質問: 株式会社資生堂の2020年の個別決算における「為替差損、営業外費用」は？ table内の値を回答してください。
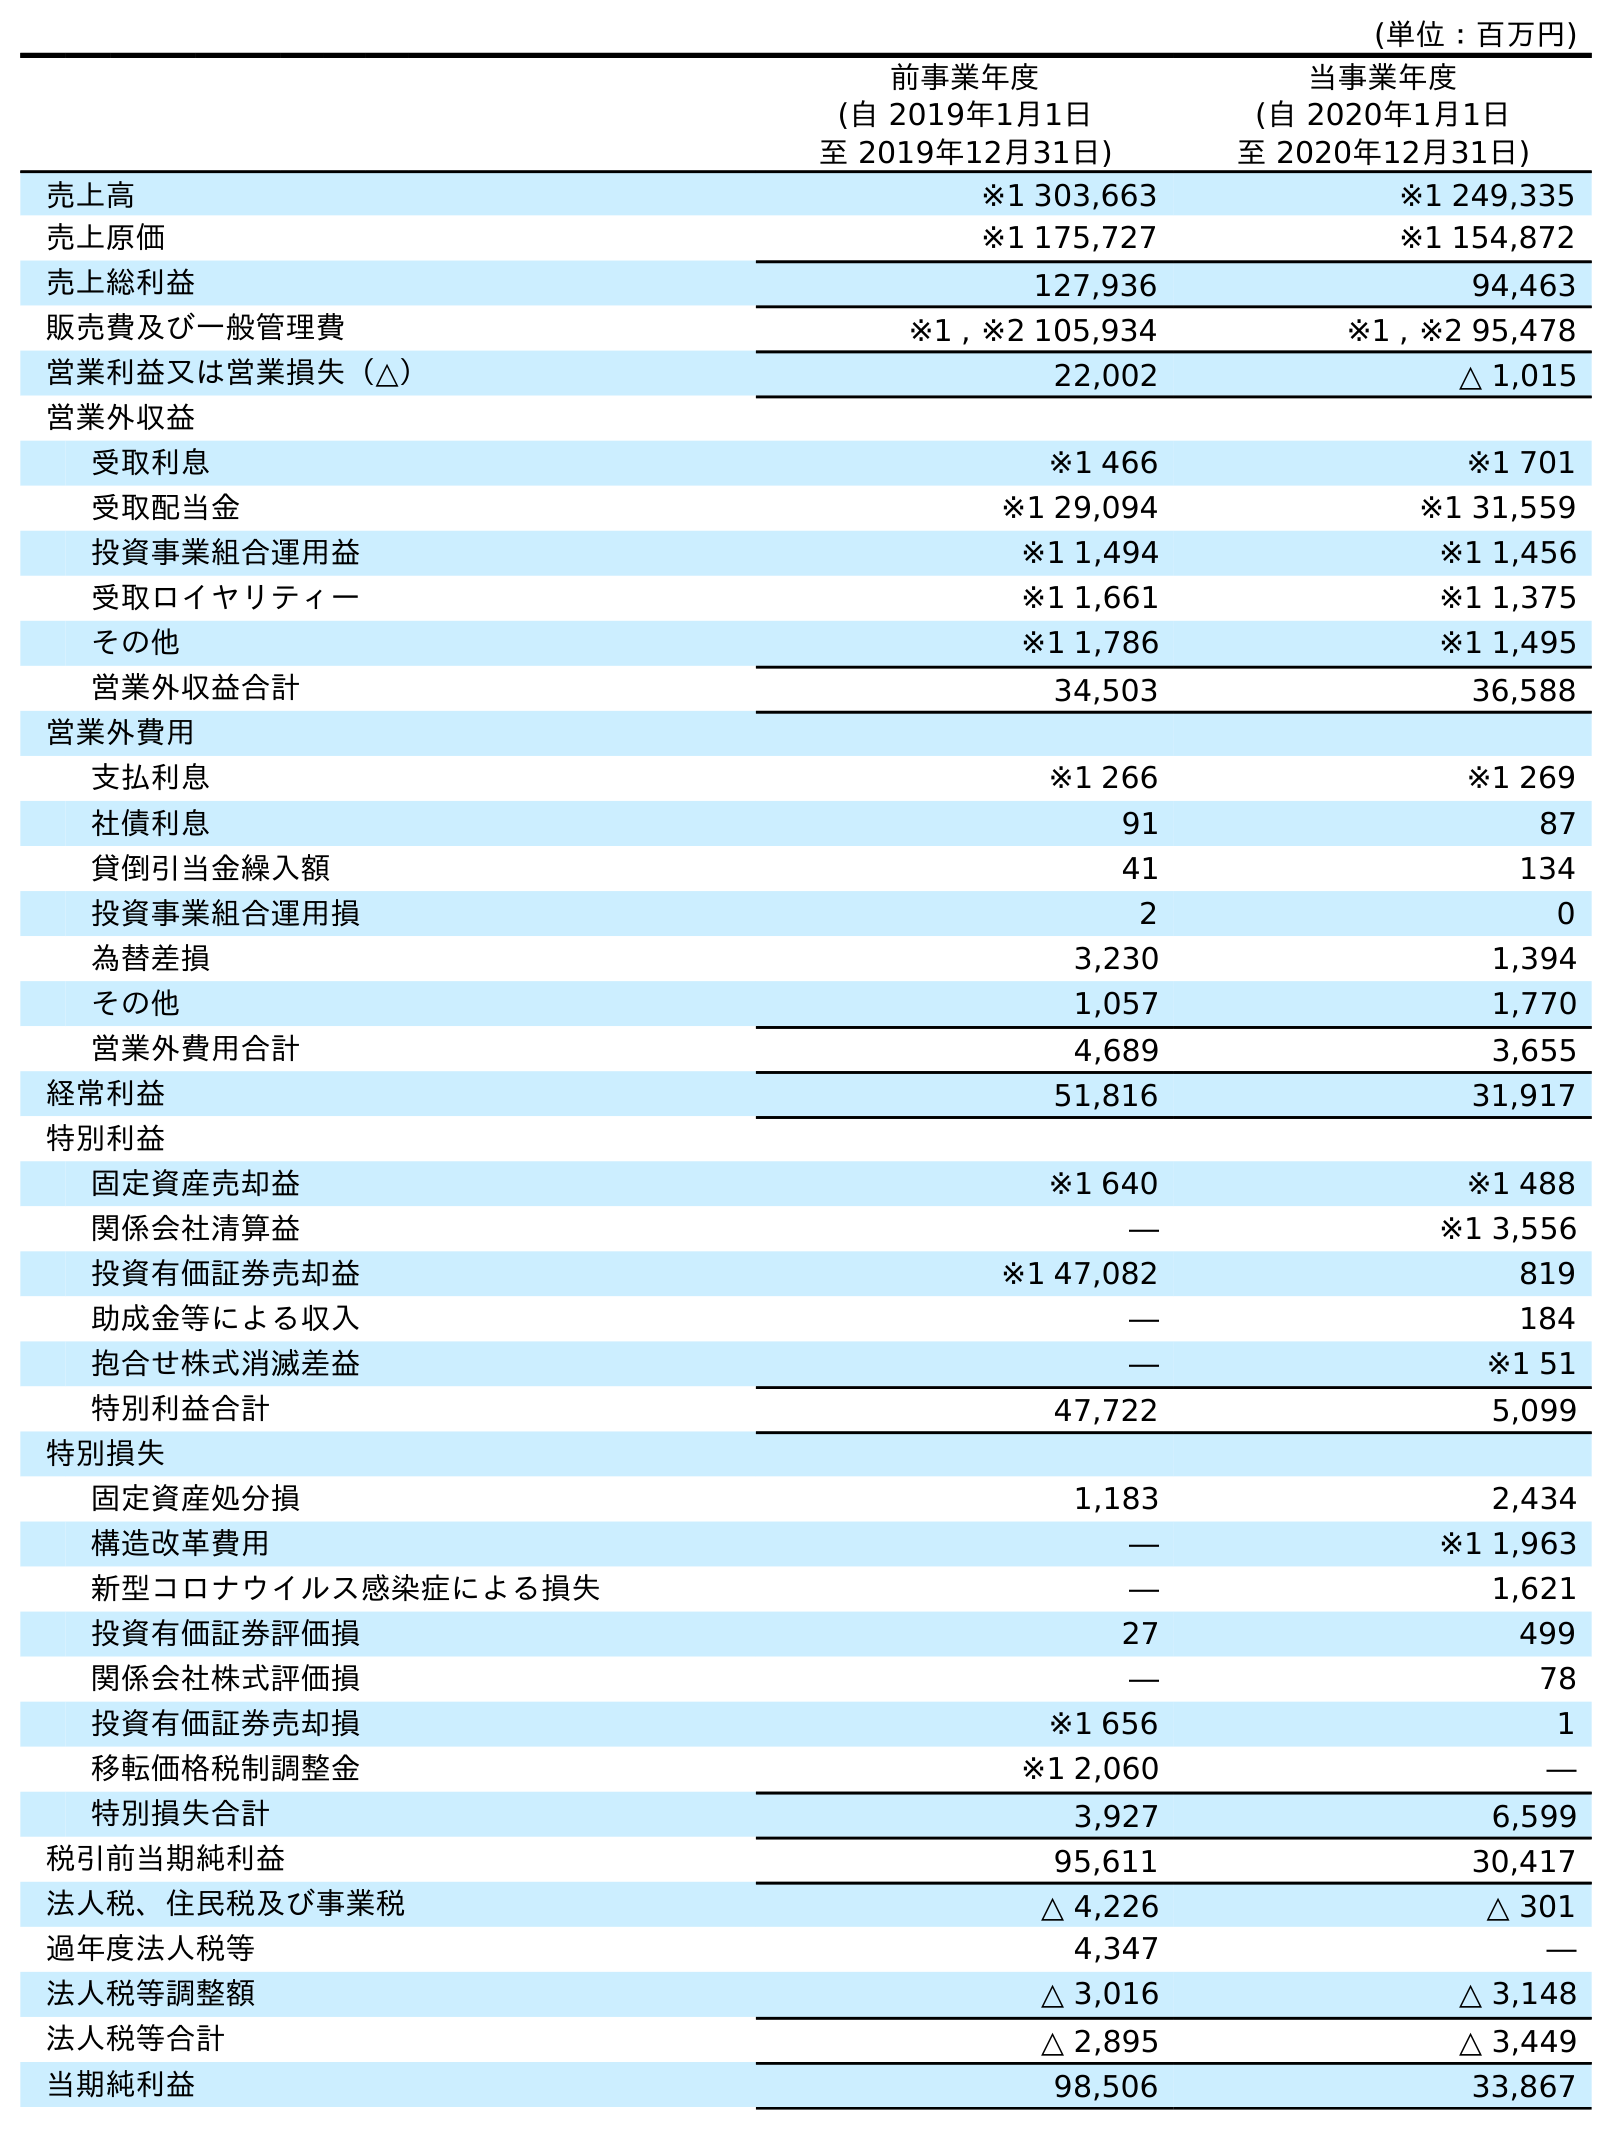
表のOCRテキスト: (単位：百万円) 前事業年度 (自 2019年1月1日 至 2019年12月31日) 当事業年度 (自 2020年1月1日 至 2020年12月31日) 売上高 ※1 303,663 ※1 249,335 売上原価 ※1 175,727 ※1 154,872 売上総利益 127,936 94,463 販売費及び一般管理費 ※1 , ※2 105,934 ※1 , ※2 95,478 営業利益又は営業損失（△） 22,002 △ 1,015 営業外収益 受取利息 ※1 466 ※1 701 受取配当金 ※1 29,094 ※1 31,559 投資事業組合運用益 ※1 1,494 ※1 1,456 受取ロイヤリティー ※1 1,661 ※1 1,375 その他 ※1 1,786 ※1 1,495 営業外収益合計 34,503 36,588 営業外費用 支払利息 ※1 266 ※1 269 社債利息 91 87 貸倒引当金繰入額 41 134 投資事業組合運用損 2 0 為替差損 3,230 1,394 その他 1,057 1,770 営業外費用合計 4,689 3,655 経常利益 51,816 31,917 特別利益 固定資産売却益 ※1 640 ※1 488 関係会社清算益 ― ※1 3,556 投資有価証券売却益 ※1 47,082 819 助成金等による収入 ― 184 抱合せ株式消滅差益 ― ※1 51 特別利益合計 47,722 5,099 特別損失 固定資産処分損 1,183 2,434 構造改革費用 ― ※1 1,963 新型コロナウイルス感染症による損失 ― 1,621 投資有価証券評価損 27 499 関係会社株式評価損 ― 78 投資有価証券売却損 ※1 656 1 移転価格税制調整金 ※1 2,060 ― 特別損失合計 3,927 6,599 税引前当期純利益 95,611 30,417 法人税、住民税及び事業税 △ 4,226 △ 301 過年度法人税等 4,347 ― 法人税等調整額 △ 3,016 △ 3,148 法人税等合計 △ 2,895 △ 3,449 当期純利益 98,506 33,867
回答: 1,394